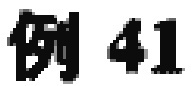
例 41